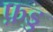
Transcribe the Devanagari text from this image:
फ़ड्ड